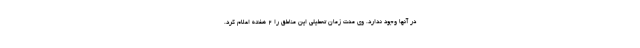
در آنها وجود ندارد. وی مدت زمان تعطیلی این مناطق را ۲ هفته اعلام کرد.